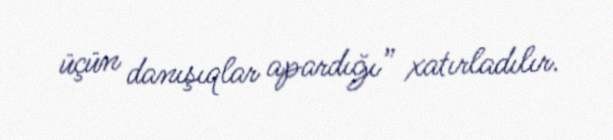
üçün danışıqlar apardığı” xatırladılır.